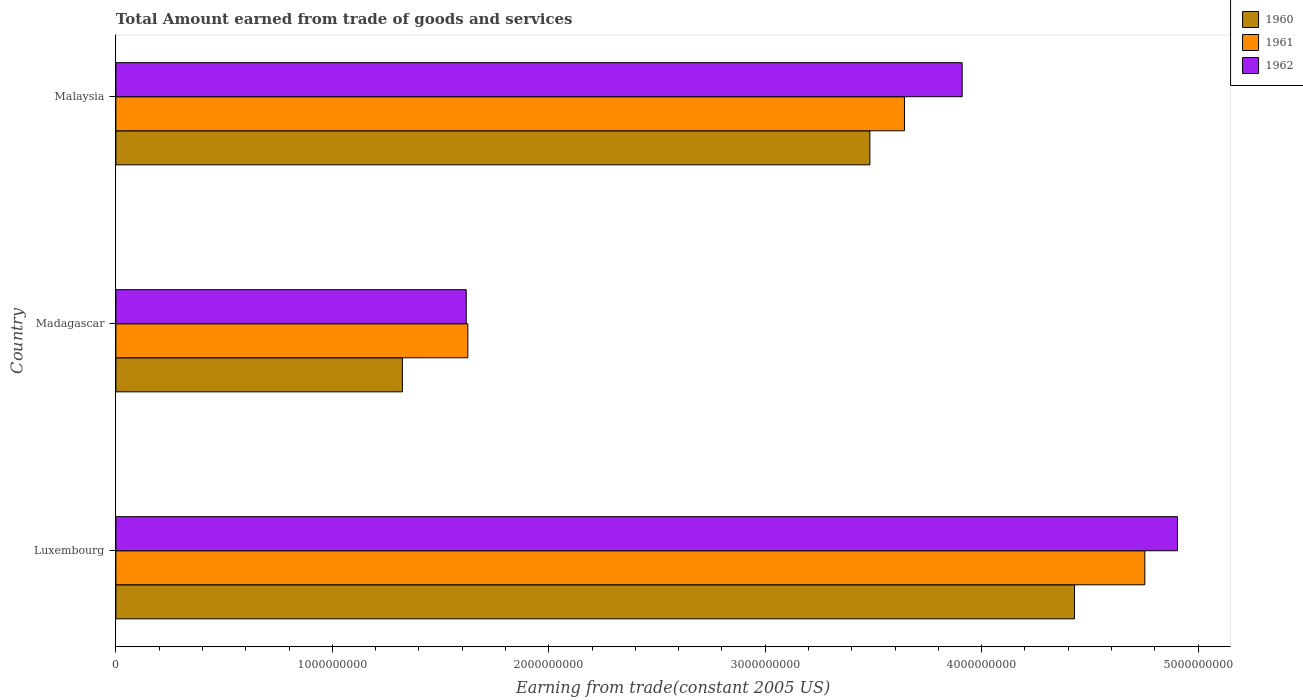
| Country | 1960 | 1961 | 1962 |
 | --- | --- | --- | --- |
 | Luxembourg | 4.43e+09 | 4.75e+09 | 4.9e+09 |
 | Madagascar | 1.32e+09 | 1.63e+09 | 1.62e+09 |
 | Malaysia | 3.48e+09 | 3.64e+09 | 3.91e+09 |